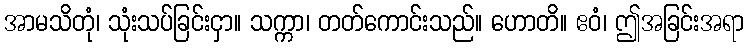
အာမသိတုံ၊ သုံးသပ်ခြင်းငှာ။ သက္ကာ၊ တတ်ကောင်းသည်။ ဟောတိ။ ဧဝံ၊ ဤအခြင်းအရာ